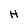
Character: H